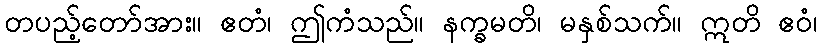
တပည့်တော်အား။ ဧတံ၊ ဤကံသည်။ နက္ခမတိ၊ မနှစ်သက်။ ဣတိ ဧဝံ၊